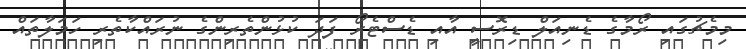
މިމެޗުގައި ރޯމާގެ ޑެނިއަލް ޑިރޮސީ އާއި ޑެސްޓެރޯ ފަދަ ކުޅުންތެރިންގެ ނުރައްކާތެރި ހަމަލާތައް